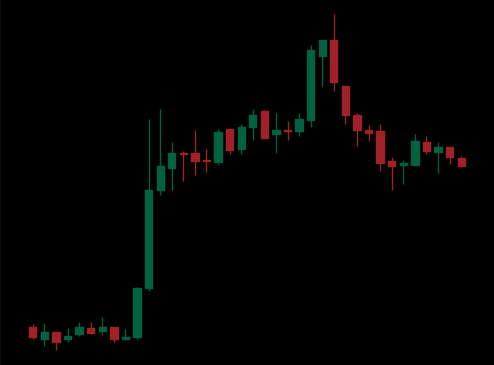
Pattern: bear_flag